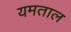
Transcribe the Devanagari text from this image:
यमताल